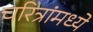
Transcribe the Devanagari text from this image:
चरित्रांमध्ये